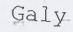
Galy